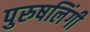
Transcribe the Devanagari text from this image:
पुरुषलिंगी